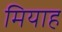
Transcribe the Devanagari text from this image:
मियाह